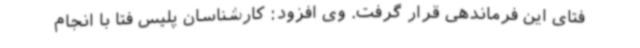
فتای این فرماندهی قرار گرفت. وی افزود: کارشناسان پلیس فتا با انجام